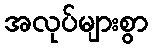
အလုပ်များစွာ